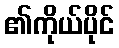
၏ကိုယ်ပိုင်